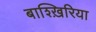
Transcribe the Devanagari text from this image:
बाश्ख़िरिया